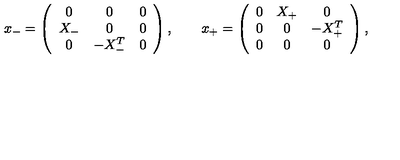
x _ { - } = \left( \begin{array} { c c c } { 0 } & { 0 } & { 0 } \\ { X _ { - } } & { 0 } & { 0 } \\ { 0 } & { - X _ { - } ^ { T } } & { 0 } \\ \end{array} \right) , \qquad x _ { + } = \left( \begin{array} { c c c } { 0 } & { X _ { + } } & { 0 } \\ { 0 } & { 0 } & { - X _ { + } ^ { T } } \\ { 0 } & { 0 } & { 0 } \\ \end{array} \right) ,